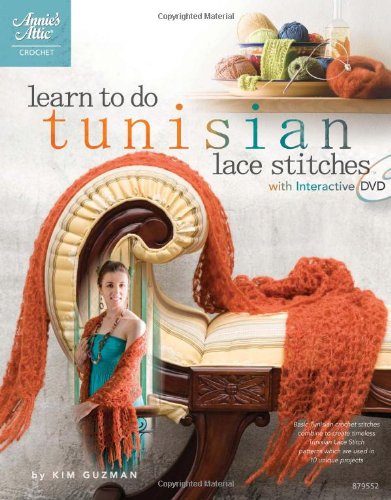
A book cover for Learn to Do Tunisian Lace Stitches (Book & DVD) (Annie's Attic: Crochet #879552); Kim Guzman; Crafts, Hobbies & Home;